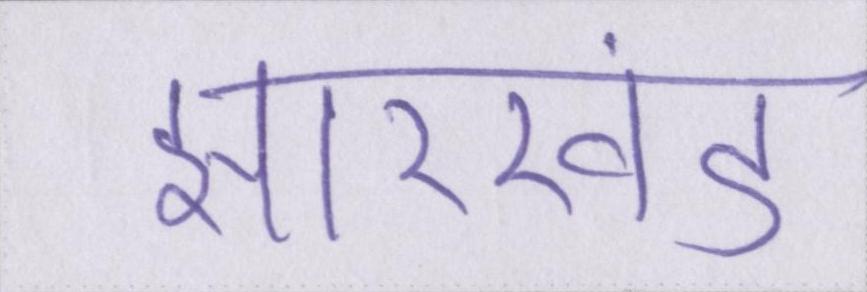
झारखंड